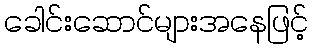
ခေါင်းဆောင်များအနေဖြင့်